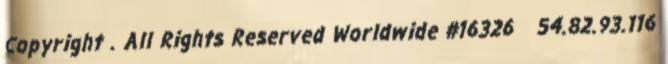
Copyright . All Rights Reserved Worldwide #16326 54.82.93.116